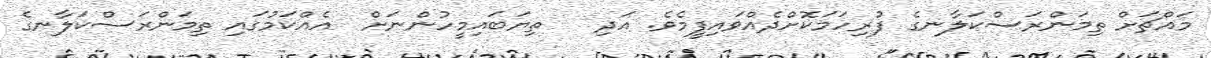
މައްޗަށް ތިމަންރަސްކަލާނގެ ފުރިހަމަކޮށްދެއްވައިފީމެވެ. އަދި   ތިޔަބައިމީހުންނަށް  އެއްކަމުގައި ތިމަންރަސްކަލާނގެ